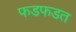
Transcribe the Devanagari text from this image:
फडफडत